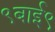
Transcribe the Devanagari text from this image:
९बाई९